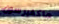
ماكفيرسون